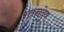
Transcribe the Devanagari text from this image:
रतनदेव